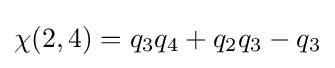
\chi (2,4)=q_{3}q_{4}+q_{2}q_{3}-q_{3}